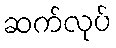
ဆက်လုပ်